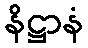
နိဋ္ဌာနံ